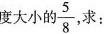
度大小的 \frac{5}{8} 求：